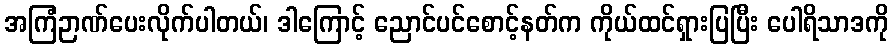
အကြံဉာဏ်ပေးလိုက်ပါတယ်၊ ဒါကြောင့် ညောင်ပင်စောင့်နတ်က ကိုယ်ထင်ရှားပြပြီး ပေါရိသာဒကို